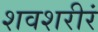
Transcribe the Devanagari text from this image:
शवशरीरं